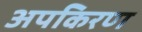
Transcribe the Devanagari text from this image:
अपकिरण